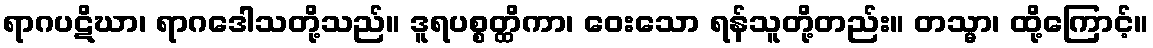
ရာဂပဋိဃာ၊ ရာဂဒေါသတို့သည်။ ဒူရပစ္စတ္ထိကာ၊ ဝေးသော ရန်သူတို့တည်း။ တသ္မာ၊ ထို့ကြောင့်။